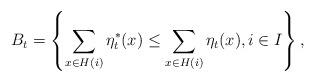
LaTeX: \begin{align*}B_{t} = \left\{ \sum_{x \in H(i)} \eta^{*}_{t}(x) \leq \sum_{x \in H(i)} \eta_{t}(x), i \in I \right\},\end{align*}